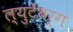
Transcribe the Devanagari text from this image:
ल्युटेंबर्ग